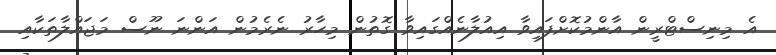
އެ މިނިސްޓްރީން އާންމުކޮށްފައިވާ އިއުލާނެއްގައިވާ ގޮތުން މިހާރު ނެރެމުން އަންނަ ނޫސް މަޖައްލާތަކާއި